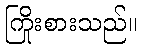
ကြိုးစားသည်။